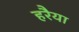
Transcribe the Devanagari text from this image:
हरैया